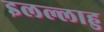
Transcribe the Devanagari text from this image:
इलल्लाहु